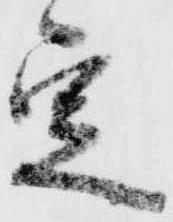
定